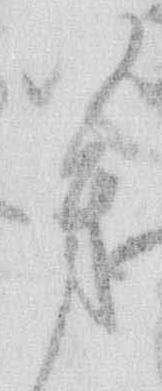
芳